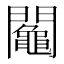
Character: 𨷟